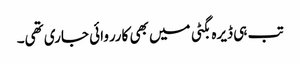
تب ہی ڈیرہ بگٹی میں بھی کارروائی جاری تھی۔